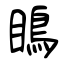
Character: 瞗